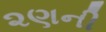
૨ણની